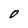
Character: O